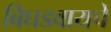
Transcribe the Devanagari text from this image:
बिघडवायचे